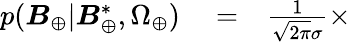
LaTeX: \begin{array}{rlr}{p(\boldsymbol{B}_{\oplus}|\boldsymbol{B}_{\oplus}^{*},\Omega_{\oplus})}&{{}=}&{\frac{1}{\sqrt{2\pi}\sigma}\times}\end{array}